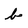
Character: b